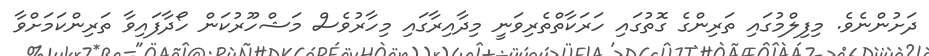
ދަށުންނެވެ. މިފިލްމުގައި ތަރިންގެ ގޮތުގައި ހަރަކާތްތެރިވަނީ މިދާއިރާގައި މިހާރުވެސް މަޝްހޫރުކަން ހޯދާފައިވާ ތަރިންކަމަށްވާ